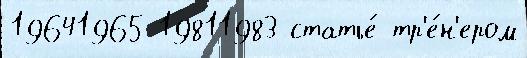
19641965 19811983 статье́ тр'е́н'ером